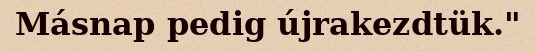
Másnap pedig újrakezdtük."